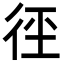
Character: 𭛩